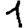
Digit: 1